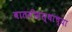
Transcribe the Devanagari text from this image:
बातमीसंस्थांच्या